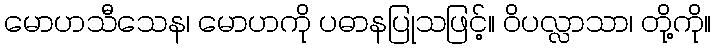
မောဟသီသေန၊ မောဟကို ပဓာနပြုသဖြင့်။ ဝိပလ္လာသာ၊ တို့ကို။